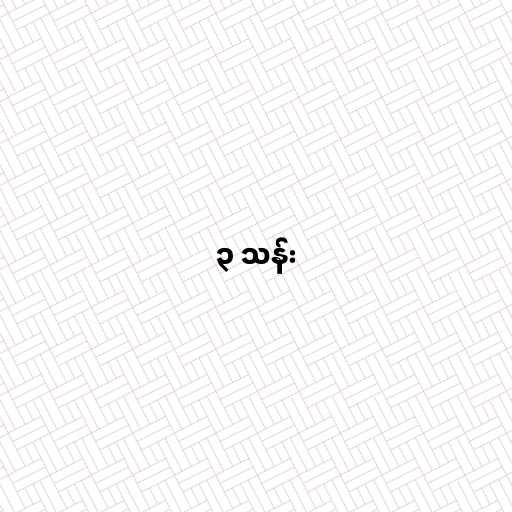
၃ သန်း